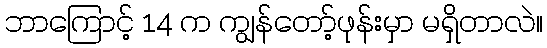
ဘာကြောင့် 14 က ကျွန်တော့်ဖုန်းမှာ မရှိတာလဲ။